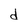
Character: d